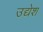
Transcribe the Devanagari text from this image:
उद्येश